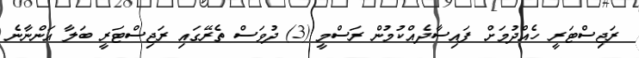
ރަޖިސްޓަރީ ހެއްދުމަށް ފައިސާދެއްކުމުން ރަސްމީ (3) ދުވަސް ތެރޭގައި ރަޖިސްޓަރީ ބަލާ އަންނާނެ